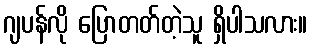
ဂျပန်လို ပြောတတ်တဲ့သူ ရှိပါသလား။